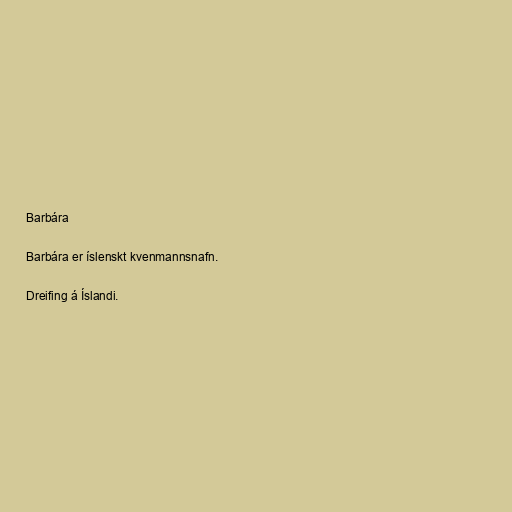
Barbára

Barbára er íslenskt kvenmannsnafn.

Dreifing á Íslandi.